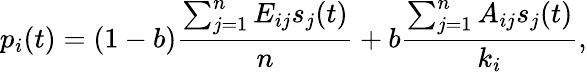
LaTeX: p_{i}(t)=(1-b)\frac{\sum_{j=1}^{n}E_{ij}s_{j}(t)}{n}+b\frac{\sum_{j=1}^{n}A_{ij}s_{j}(t)}{k_{i}},